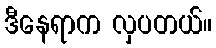
ဒီနေရာက လှပတယ်။